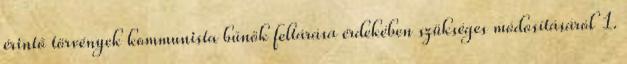
érintő törvények kommunista bűnök feltárása érdekében szükséges módosításáról 1.